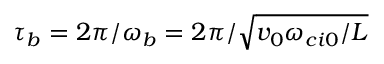
\tau _ { b } = 2 \pi / \omega _ { b } = 2 \pi / \sqrt { v _ { 0 } \omega _ { c i 0 } / L }